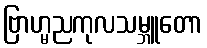
ဗြာဟ္မညကုလသမ္ဘူတော